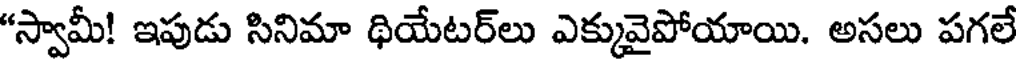
"స్వామీ! ఇపుడు సినిమా థియేటర్లు ఎక్కువైపోయాయి. అసలు పగలే